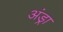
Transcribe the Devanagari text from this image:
अंड्रा